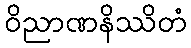
ဝိညာဏနိဿိတံ